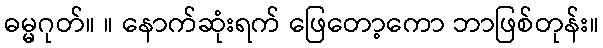
ဓမ္မဂုတ်။ ။ နောက်ဆုံးရက် ဖြေတော့ကော ဘာဖြစ်တုန်း။